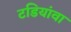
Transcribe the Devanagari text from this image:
टडियांवा